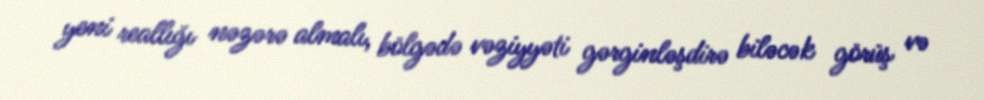
yeni reallığı nəzərə almalı, bölgədə vəziyyəti gərginləşdirə biləcək görüş və